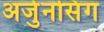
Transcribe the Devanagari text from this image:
अर्जुनसिंग